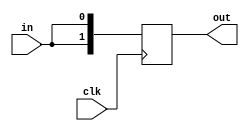
module always_duplicate_concat(
	input clk,
	input in, 
	output reg [1:0] out
);

	always @(posedge clk) begin
		out <= {in,in};
	end

endmodule